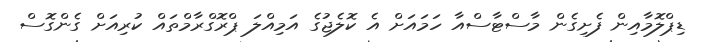
ޑިޕްލޮމާއިން ފެށިގެން މާސްޓާސްއާ ހަމައަށް އެ ކޮލެޖުގެ އަމިއްލަ ޕްރޮގްރާމްތައް ކުރިއަށް ގެންގޮސް